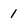
Character: 1